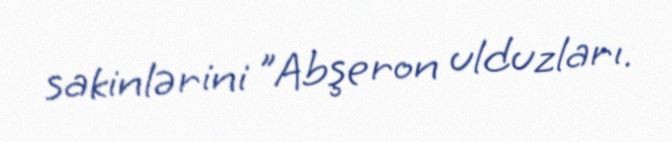
sakinlərini "Abşeron ulduzları.